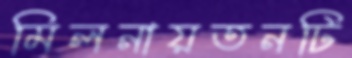
মিলনায়তনটি